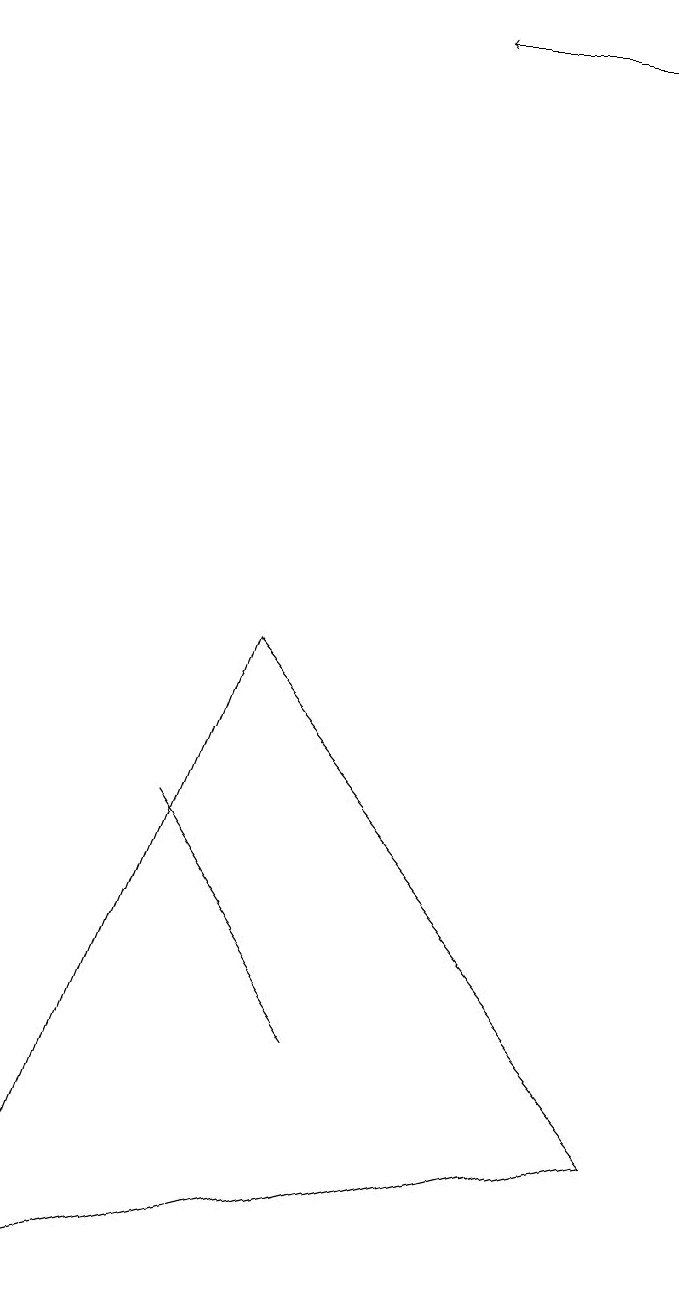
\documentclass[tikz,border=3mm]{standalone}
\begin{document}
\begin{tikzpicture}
\draw (8,3) -- (0,1) -- (3,9) -- cycle;
\draw[->] (8,17) -- (5,17);
\draw (2,7) -- (4,4) -- (4,4) -- cycle;
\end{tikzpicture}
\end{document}